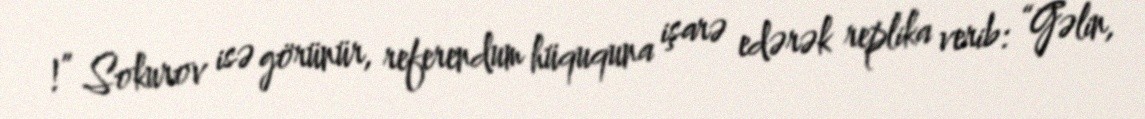
!” Sokurov isə görünür, referendum hüququna işarə edərək replika verib: “Gəlin,